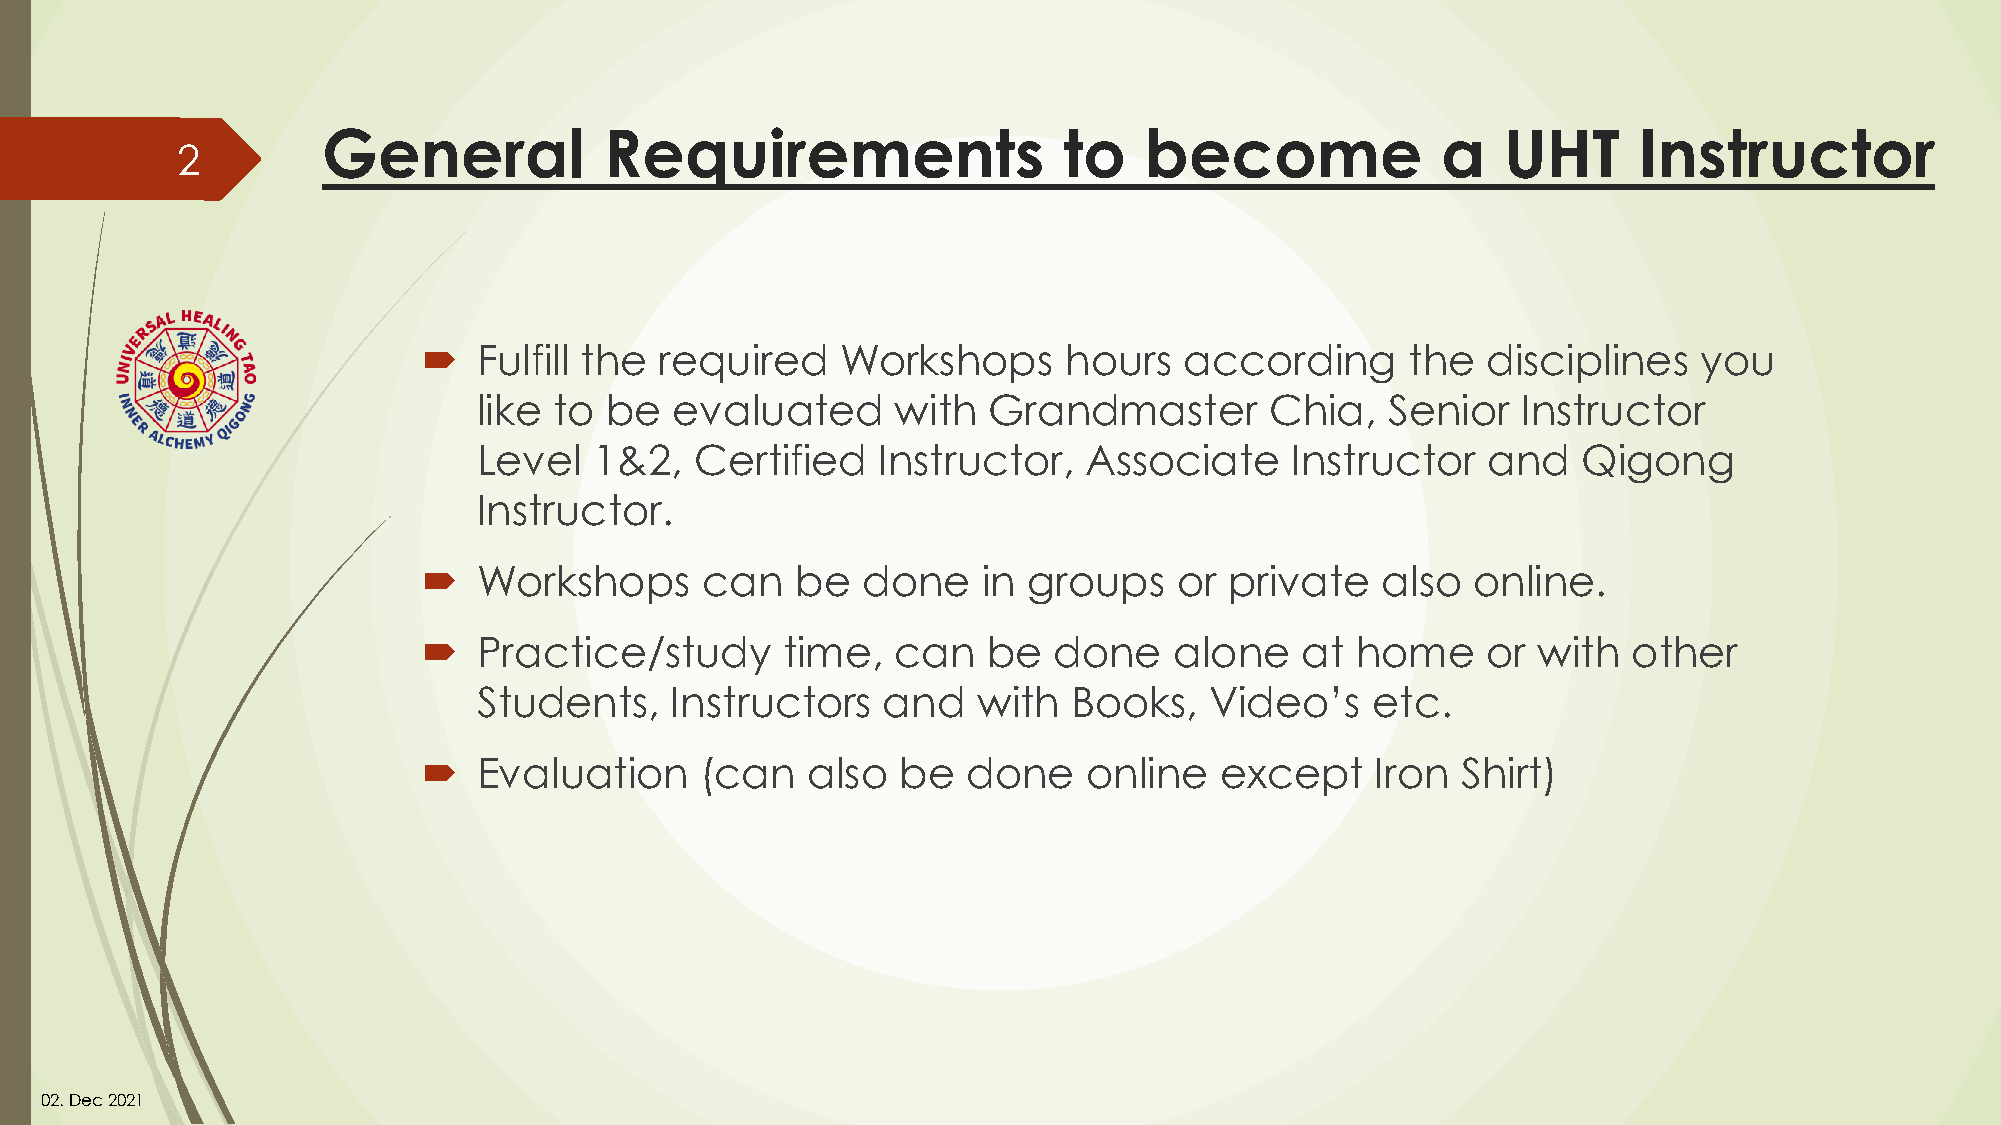
General            Requirements                  to    become             a    UHT     Instructor
 2
    Fulfill the required    Workshops      hours  according      the  disciplines    you
 like to be   evaluated     with  Grandmaster        Chia,   Senior   Instructor
 Level  1&2,   Certified   Instructor,   Associate    Instructor   and    Qigong
 Instructor.
    Workshops      can   be  done    in groups    or private   also  online.
    Practice/study      time,  can   be   done    alone   at  home    or  with  other
 Students,   Instructors   and    with  Books,   Video’s    etc.
    Evaluation    (can   also   be  done    online   except    Iron  Shirt)
 02. Dec2021